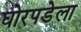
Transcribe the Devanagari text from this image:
घोरपडेला